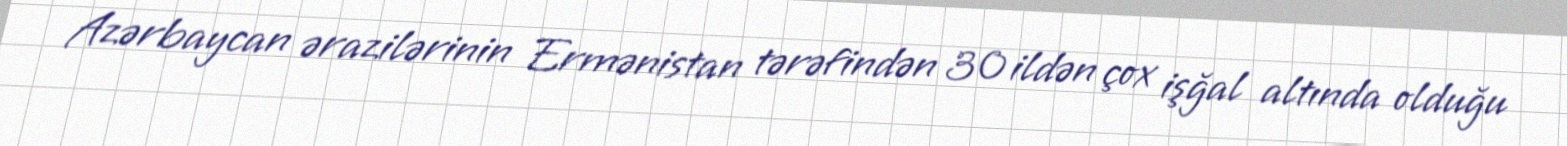
Azərbaycan ərazilərinin Ermənistan tərəfindən 30 ildən çox işğal altında olduğu